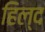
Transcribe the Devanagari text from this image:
हिल्द